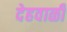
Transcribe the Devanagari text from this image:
देहवाळी